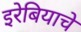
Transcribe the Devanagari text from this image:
इरेबियाचे